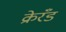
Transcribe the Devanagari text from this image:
क्रेरँड